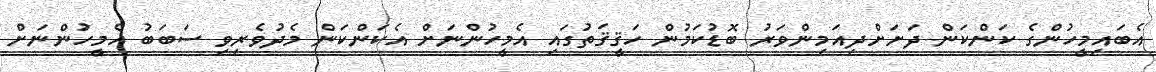
އެބައިމީހުންގެ ކަންކަން ދަށަށްދިއަމިންވަރު ބޮޑުކަމުން ހަޤީޤަތުގައި އެމީހުންނަށް އެކަންކަން މެދުވެރިވި ސަބަބު އެމީހުންނަށް